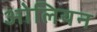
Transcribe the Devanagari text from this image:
ओलियन